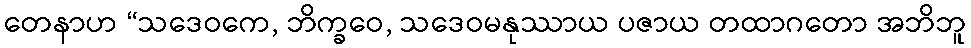
တေနာဟ “သဒေဝကေ, ဘိက္ခဝေ, သဒေဝမနုဿာယ ပဇာယ တထာဂတော အဘိဘူ